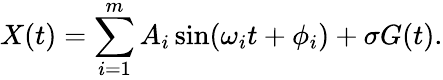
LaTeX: X(t)=\sum_{i=1}^{m}A_{i}\sin(\omega_{i}t+\phi_{i})+\sigma G(t).